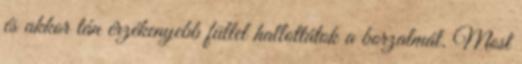
és akkor tán érzékenyebb füllel hallottátok a borzalmát. Most